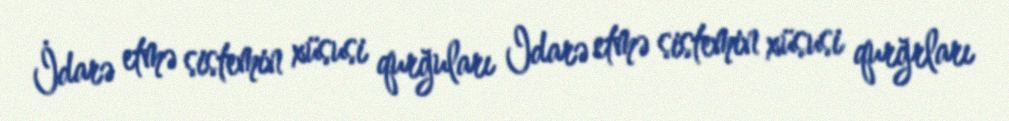
İdarə etmə sistemin xüsusi qurğuları Idarə etmə sistemin xüsusi qurğrları